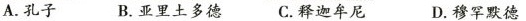
A.孔子 B.亚里土多德 C.释迦牟尼 D.穆罕默德